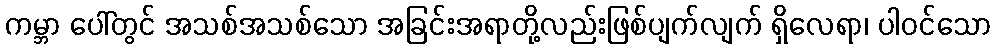
ကမ္ဘာ ပေါ်တွင် အသစ်အသစ်သော အခြင်းအရာတို့လည်းဖြစ်ပျက်လျက် ရှိလေရာ၊ ပါဝင်သော